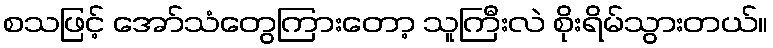
စသဖြင့် အော်သံတွေကြားတော့ သူကြီးလဲ စိုးရိမ်သွားတယ်။